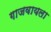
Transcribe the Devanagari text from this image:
गाजवायला